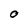
Character: 0